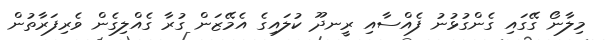
މިލާނޯ ގޭގައި ގެންގުޅުނު ފެއްސާއި ރީނދޫ ކުލައިގެ އެމޭޒަން ގުރާ ގެއްލިގެން ވެރިފަރާތުން